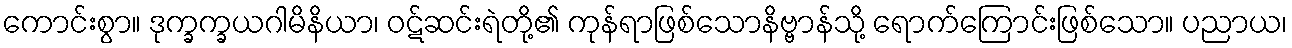
ကောင်းစွာ။ ဒုက္ခက္ခယဂါမိနိယာ၊ ဝဋ်ဆင်းရဲတို့၏ ကုန်ရာဖြစ်သောနိဗ္ဗာန်သို့ ရောက်ကြောင်းဖြစ်သော။ ပညာယ၊